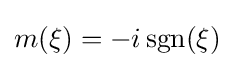
m(\xi )=-i\operatorname {sgn} (\xi )